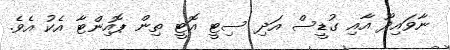
ނާވައިދޫ އާއި ގުޑީސް އަދި ސިޓީ އޮޓީ ތިން ޕޮއިންޓާ އެކު އެވެ.